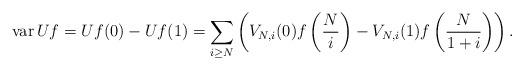
LaTeX: \begin{align*}\mathrm{var}\, Uf = Uf(0) - Uf(1) = \sum_{i \geq N} \left( V_{N,i}(0) f\left(\frac{N}{i}\right) - V_{N,i}(1) f\left(\frac{N}{1+i}\right) \right). \end{align*}